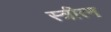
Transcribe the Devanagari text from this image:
स्त्रीत्न